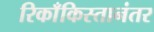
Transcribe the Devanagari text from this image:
रिकाँकिस्तानंतर